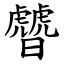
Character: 䖜